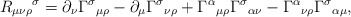
\begin{align*}{R_{\mu \nu \rho}}^{\sigma} = \partial_{\nu} {\Gamma^{\sigma}}_{\mu\rho} -\partial_{\mu} {\Gamma^{\sigma}}_{\nu\rho} +{\Gamma^{\alpha}}_{\mu\rho} {\Gamma^{\sigma}}_{\alpha \nu}-{\Gamma^{\alpha}}_{\nu\rho} {\Gamma^{\sigma}}_{\alpha \mu} ,\end{align*}